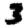
Digit: 3